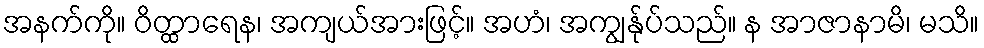
အနက်ကို။ ဝိတ္ထာရေန၊ အကျယ်အားဖြင့်။ အဟံ၊ အကျွန်ုပ်သည်။ န အာဇာနာမိ၊ မသိ။